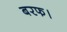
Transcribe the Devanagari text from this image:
बरफ।